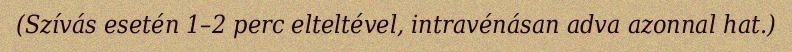
(Szívás esetén 1–2 perc elteltével, intravénásan adva azonnal hat.)